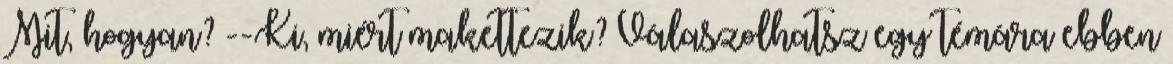
Mit, hogyan? --Ki, miért makettezik? Válaszolhatsz egy témára ebben